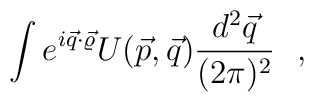
\int e^{i\vec q\cdot \vec\varrho}U(\vec p,\vec q)            \frac{d^2 \vec q }{(2\pi)^2}~~,